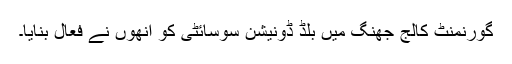
گورنمنٹ کالج جھنگ میں بلڈ ڈونیشن سوسائٹی کو انھوں نے فعال بنایا۔